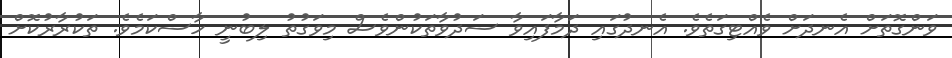
ވަންގޮތަށް އެނދަށް ވެއްޓިގަތެވެ. އެނދުގައި ދަމާފައިވާ ސަދުވާތަކުންވެސް މިވަގުތު ލިބުނީ ހާސްކަމެވެ. ތަކުރާރުކޮށް